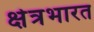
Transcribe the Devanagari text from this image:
क्षेत्रभारत